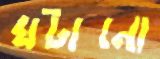
ঘটানো